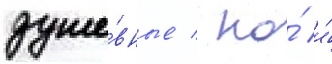
душе́вные / но́ и́